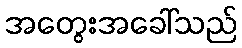
အတွေးအခေါ်သည်